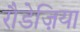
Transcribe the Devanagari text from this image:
रौडेज़िया